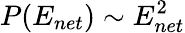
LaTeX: P(E_{net})\sim E_{net}^{2}